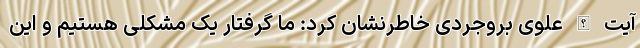
آیت الله علوی بروجردی خاطرنشان کرد: ما گرفتار یک مشکلی هستیم و این